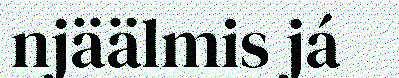
njäälmis já